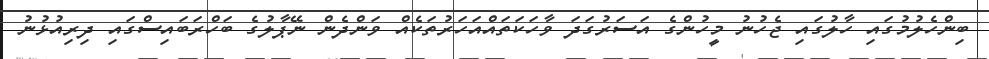
ބިންހެލުމުގައި ހާލުގައި ޖެހުނު މީހުންގެ އަސަރުގަދަ ވާހަކަތައްއަހަރުތަކެއް ވަންދެން ނޭޕާލުގެ ބަހްރަބައިސްގައި ދިރިއުޅުނު